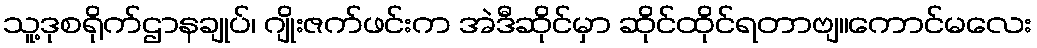
သူ့ဒုစရိုက်ဌာနချုပ်၊ ဂျိုးဇက်ဖင်းက အဲဒီဆိုင်မှာ ဆိုင်ထိုင်ရတာဗျ။ကောင်မလေး